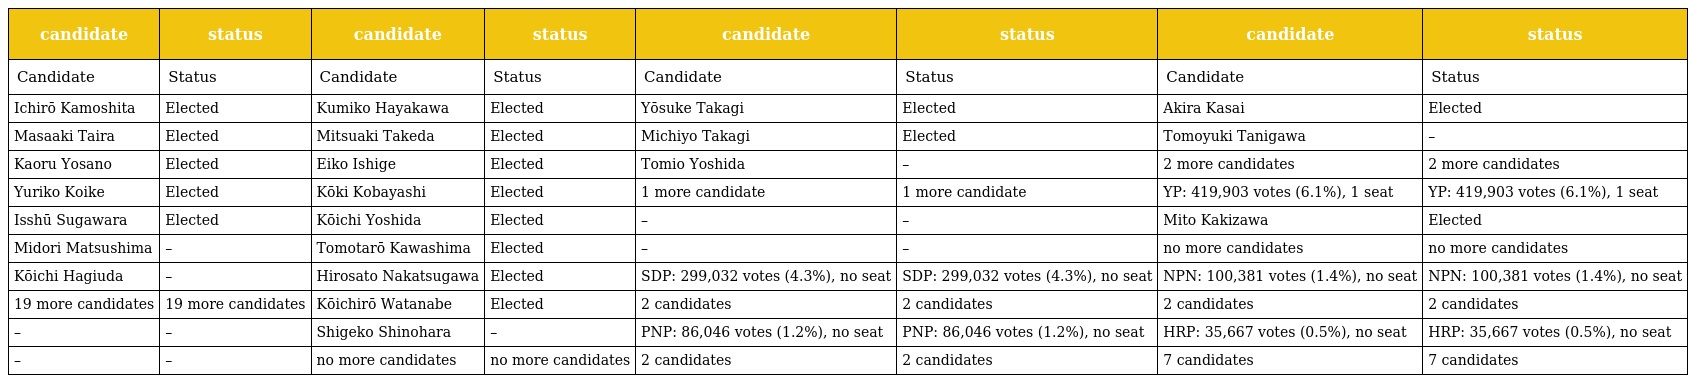
| candidate | status | candidate | status | candidate | status | candidate | status |
 | --- | --- | --- | --- | --- | --- | --- | --- |
 | Candidate | Status | Candidate | Status | Candidate | Status | Candidate | Status |
 | Ichirō Kamoshita | Elected | Kumiko Hayakawa | Elected | Yōsuke Takagi | Elected | Akira Kasai | Elected |
 | Masaaki Taira | Elected | Mitsuaki Takeda | Elected | Michiyo Takagi | Elected | Tomoyuki Tanigawa | – |
 | Kaoru Yosano | Elected | Eiko Ishige | Elected | Tomio Yoshida | – | 2 more candidates | 2 more candidates |
 | Yuriko Koike | Elected | Kōki Kobayashi | Elected | 1 more candidate | 1 more candidate | YP: 419,903 votes (6.1%), 1 seat | YP: 419,903 votes (6.1%), 1 seat |
 | Isshū Sugawara | Elected | Kōichi Yoshida | Elected | – | – | Mito Kakizawa | Elected |
 | Midori Matsushima | – | Tomotarō Kawashima | Elected | – | – | no more candidates | no more candidates |
 | Kōichi Hagiuda | – | Hirosato Nakatsugawa | Elected | SDP: 299,032 votes (4.3%), no seat | SDP: 299,032 votes (4.3%), no seat | NPN: 100,381 votes (1.4%), no seat | NPN: 100,381 votes (1.4%), no seat |
 | 19 more candidates | 19 more candidates | Kōichirō Watanabe | Elected | 2 candidates | 2 candidates | 2 candidates | 2 candidates |
 | – | – | Shigeko Shinohara | – | PNP: 86,046 votes (1.2%), no seat | PNP: 86,046 votes (1.2%), no seat | HRP: 35,667 votes (0.5%), no seat | HRP: 35,667 votes (0.5%), no seat |
 | – | – | no more candidates | no more candidates | 2 candidates | 2 candidates | 7 candidates | 7 candidates |